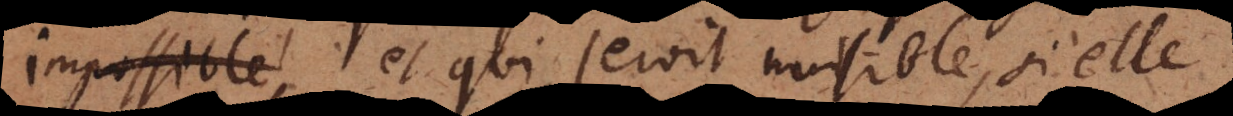
impossible, et qui seroit nuisible, si elle